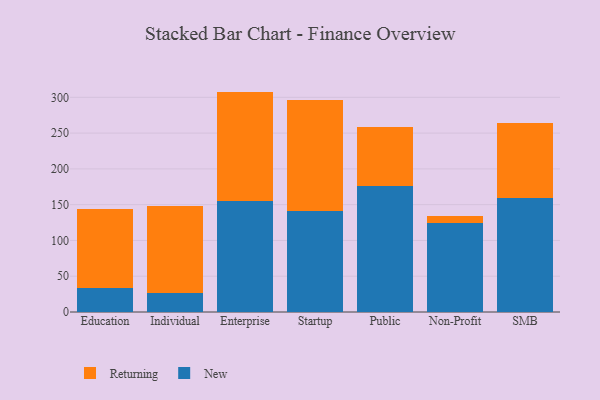
{"axis": {"x": "Segment", "y": "Active Users"}, "legend": ["New", "Returning"], "data": [{"x": "Education", "y": 33.7, "type": "New"}, {"x": "Education", "y": 110.9, "type": "Returning"}, {"x": "Individual", "y": 26.0, "type": "New"}, {"x": "Individual", "y": 121.8, "type": "Returning"}, {"x": "Enterprise", "y": 154.8, "type": "New"}, {"x": "Enterprise", "y": 153.2, "type": "Returning"}, {"x": "Startup", "y": 141.7, "type": "New"}, {"x": "Startup", "y": 154.2, "type": "Returning"}, {"x": "Public", "y": 176.2, "type": "New"}, {"x": "Public", "y": 82.1, "type": "Returning"}, {"x": "Non-Profit", "y": 125.0, "type": "New"}, {"x": "Non-Profit", "y": 8.8, "type": "Returning"}, {"x": "SMB", "y": 159.8, "type": "New"}, {"x": "SMB", "y": 104.3, "type": "Returning"}]}